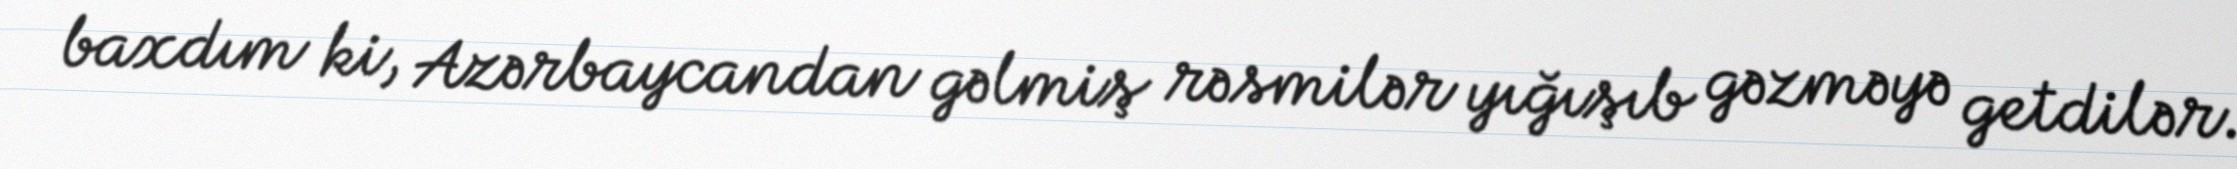
baxdım ki, Azərbaycandan gəlmiş rəsmilər yığışıb gəzməyə getdilər.